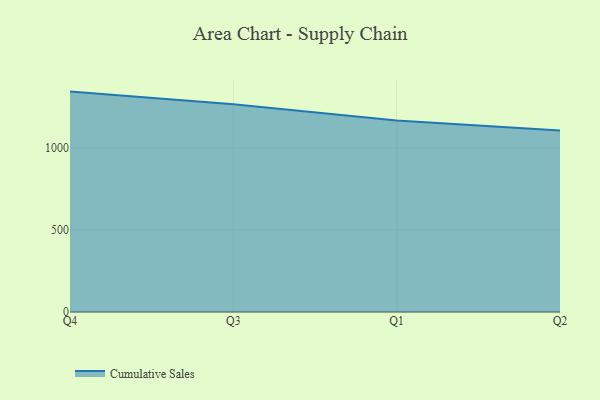
{"axis": {"x": "Quarter", "y": "Active Users"}, "legend": ["Cumulative Sales"], "data": [{"x": "Q4", "y": 1342.3, "type": "Cumulative Sales"}, {"x": "Q3", "y": 1264.7, "type": "Cumulative Sales"}, {"x": "Q1", "y": 1165.9, "type": "Cumulative Sales"}, {"x": "Q2", "y": 1104.9, "type": "Cumulative Sales"}]}